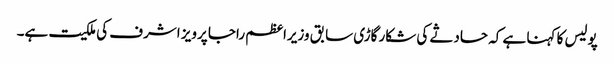
پولیس کا کہنا ہے کہ حادثے کی شکار گاڑی سابق وزیراعظم راجا پرویز اشرف کی ملکیت ہے۔